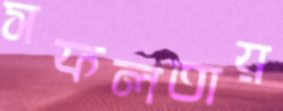
সফলতায়